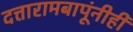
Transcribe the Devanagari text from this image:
दत्तारामबापूंनीही